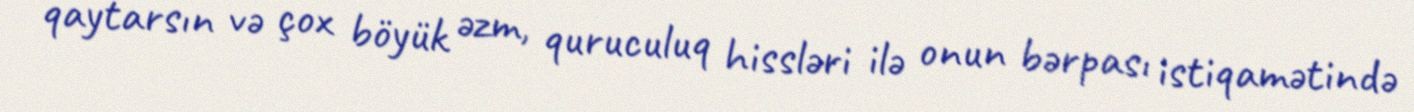
qaytarsın və çox böyük əzm, quruculuq hissləri ilə onun bərpası istiqamətində